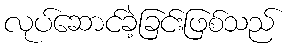
လုပ်ဆောင်ခဲ့ခြင်းဖြစ်သည်